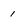
Character: 1